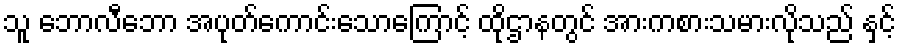
သူ ဘောလီဘော အပုတ်ကောင်းသောကြောင့် ထိုဌာနတွင် အားကစားသမားလိုသည် နှင့်